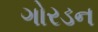
ગોરડન